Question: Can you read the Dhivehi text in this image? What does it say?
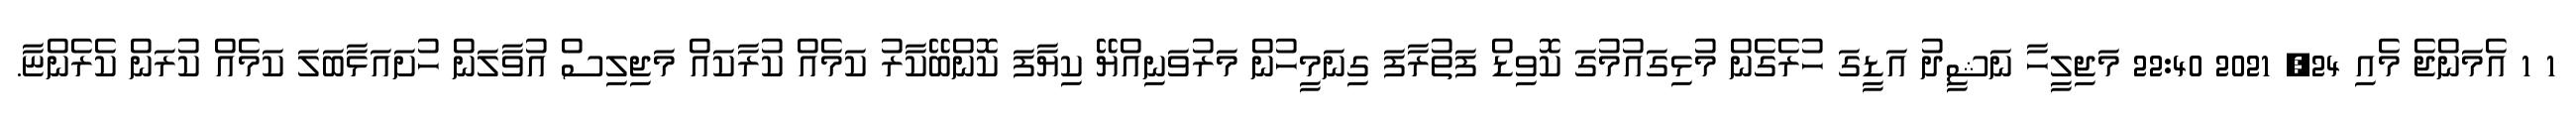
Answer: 1 1 އެމަންޖެ މެއި 24, 2021 22:40 މަޖިލީހާ ނަޝީދު އަޑީގަ ހުރެގެން މުޅިގައުމުގަ ކޮވިޑް ފަތުރާފަ ގިނަމީހުން މަރުވަނިއްޔޭ ކިޔާފަ ކޮންބޭކާރު ކަމެއް ކުރާކައް މަޖިލިސް އުވާލަން ހުށައަޅާބަލަ ކަމެއް ކުރަން ކެރެންޏާ.